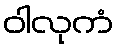
ဝါလုကံ